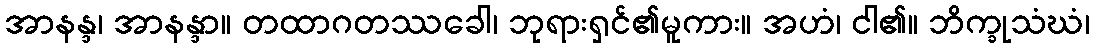
အာနန္ဒ၊ အာနန္ဒာ။ တထာဂတဿခေါ၊ ဘုရားရှင်၏မူကား။ အဟံ၊ ငါ၏။ ဘိက္ခုသံဃံ၊